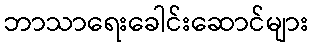
ဘာသာရေးခေါင်းဆောင်များ